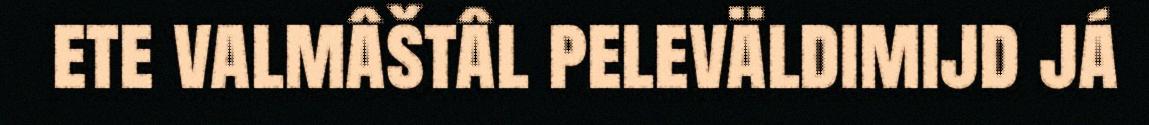
ete valmâštâl peleväldimijd já